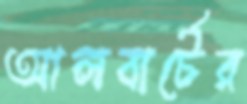
আলবার্টের